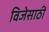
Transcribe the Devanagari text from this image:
विजेसाठी